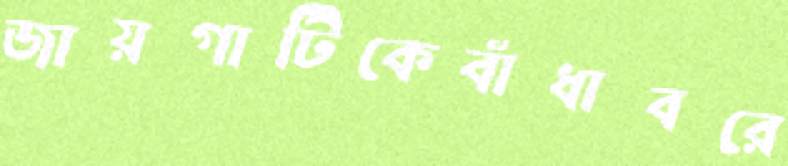
জায়গাটিকেবাঁধাবরে